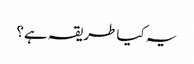
یہ کیا طریقہ ہے؟